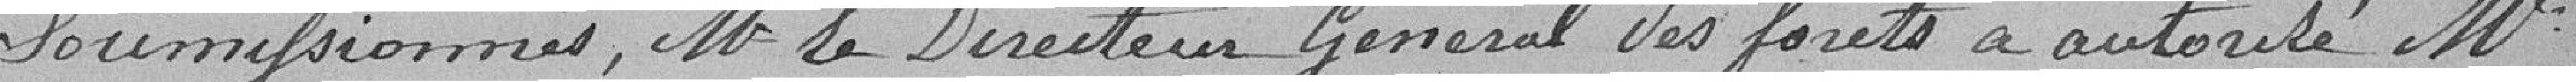
soumissionnés, M le Directeur Général des forêts a autorisé M